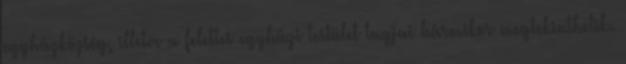
egyházközség, illetve a felettes egyházi testület tagjai bármikor megtekinthetik.